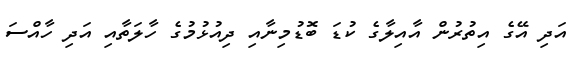
އަދި އޭގެ އިތުރުން އާއިލާގެ ކުޑަ ބޮޑުމިނާއި ދިއުޅުމުގެ ހާލަތާއި އަދި ހާއްސަ